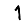
Digit: 1